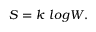
S = k \mathrm { \ } l o g W .